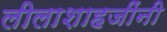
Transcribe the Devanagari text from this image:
लीलाशाहजींनी